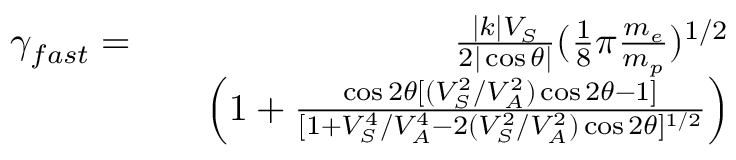
\begin{array} { r l r } { \gamma _ { f a s t } = } & { } & { \frac { | k | V _ { S } } { 2 | \cos \theta | } ( \frac { 1 } { 8 } \pi \frac { m _ { e } } { m _ { p } } ) ^ { 1 / 2 } } \\ & { } & { \left( 1 + \frac { \cos 2 \theta [ ( V _ { S } ^ { 2 } / V _ { A } ^ { 2 } ) \cos 2 \theta - 1 ] } { [ 1 + V _ { S } ^ { 4 } / V _ { A } ^ { 4 } - 2 ( V _ { S } ^ { 2 } / V _ { A } ^ { 2 } ) \cos 2 \theta ] ^ { 1 / 2 } } \right) } \end{array}